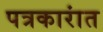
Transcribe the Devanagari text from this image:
पत्रकारांत